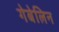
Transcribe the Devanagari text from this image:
गेबेलिन